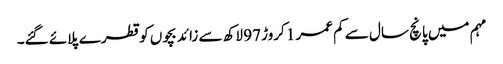
مہم میں پانچ سال سے کم عمر 1 کروڑ 97 لاکھ سے زائد بچوں کو قطرے پلائے گئے۔